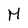
Character: M